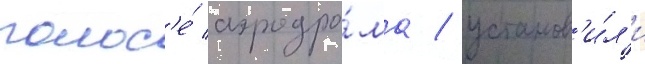
полос'е́ аэродро́ма / установ'и́л'и